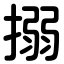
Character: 搦